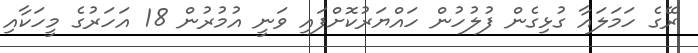
ރޭގެ ހަމަލައާ ގުޅިގެން ފުލުހުން ހައްޔަރުކޮށްފައި ވަނީ އުމުރުން 18 އަހަރުގެ މީހަކާއި